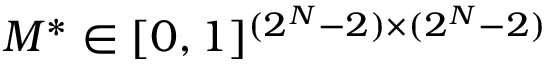
M ^ { \ast } \in [ 0 , 1 ] ^ { ( 2 ^ { N } - 2 ) \times ( 2 ^ { N } - 2 ) }